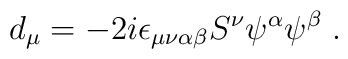
d_\mu=-2i\epsilon_{\mu\nu\alpha\beta}S^\nu\psi^\alpha\psi^\beta \;.